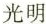
光明